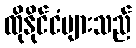
ထိုနိုင်ငံများသည်